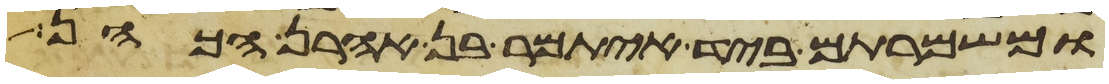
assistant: ומשמרתם ביד איתמר בן אהרן הכהן